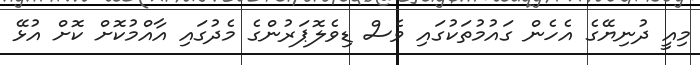
މިއީ ދުނިޔޭގެ އެހެން ގައުމުތަކުގައި ވެސް ޑިވެލޮޕަރުންގެ މެެދުގައި އާއްމުކޮށް ކޮށް އުޅޭ